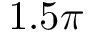
1 . 5 \pi